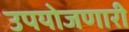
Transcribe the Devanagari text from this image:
उपयोजणारी